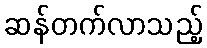
ဆန်တက်လာသည့်